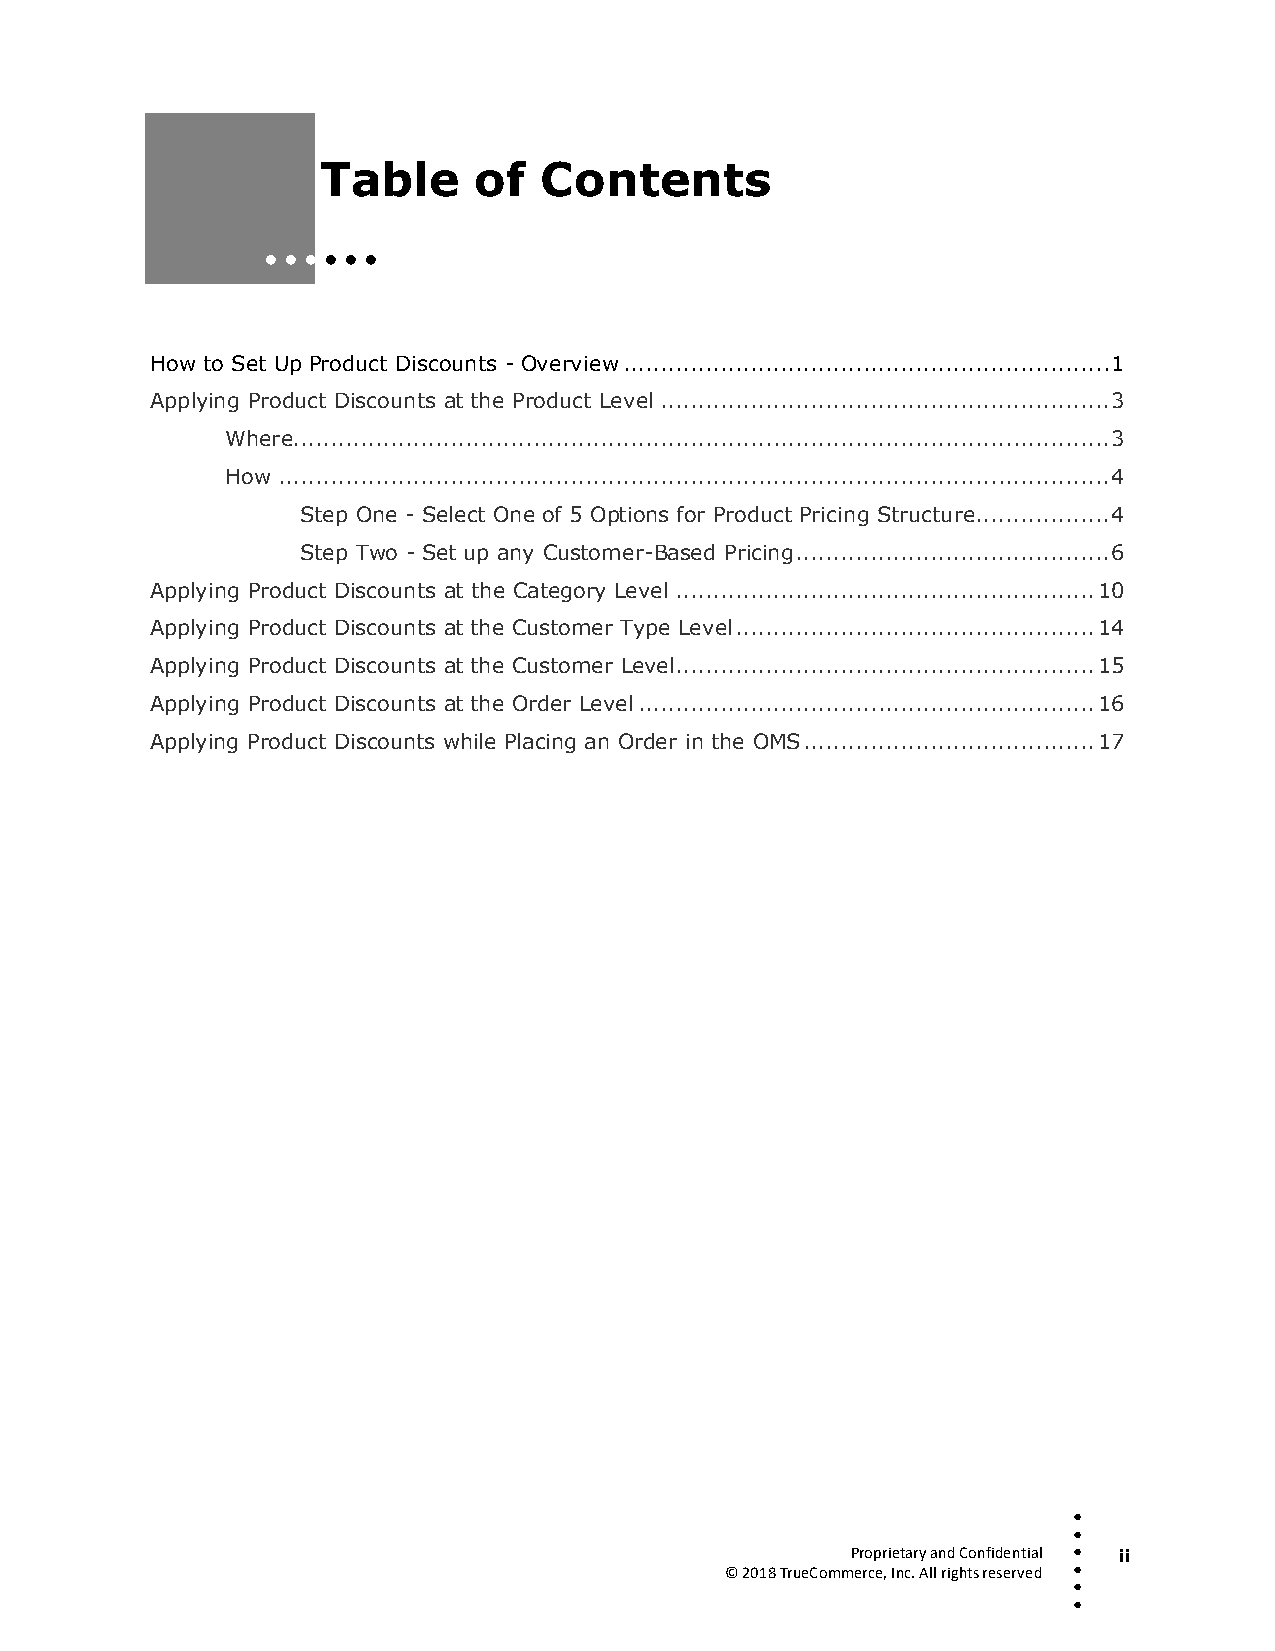
Table     of   Contents
  
 How to Set Up Product Discounts - Overview ................................................................. 1
 Applying Product Discounts at the Product Level ............................................................ 3
 Where............................................................................................................. 3
 How ............................................................................................................... 4
 Step One - Select One of 5 Options for Product Pricing Structure.................. 4
 Step Two - Set up any Customer-Based Pricing .......................................... 6
 Applying Product Discounts at the Category Level ........................................................ 10
 Applying Product Discounts at the Customer Type Level ................................................ 14
 Applying Product Discounts at the Customer Level ........................................................ 15
 Applying Product Discounts at the Order Level ............................................................. 16
 Applying Product Discounts while Placing an Order in the OMS ....................................... 17
 
 
 Proprietary and Confidential  ii
 © 2018 TrueCommerce, Inc. All rights reserved 
 
 